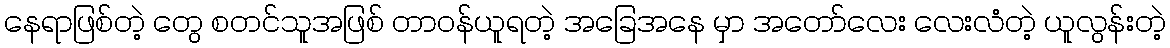
နေရာဖြစ်တဲ့ တွေ စတင်သူအဖြစ် တာဝန်ယူရတဲ့ အခြေအနေ မှာ အတော်လေး လေးလံတဲ့ ယူလွန်းတဲ့